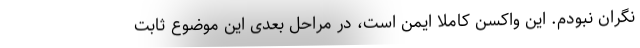
نگران نبودم. این واکسن کاملا ایمن است، در مراحل بعدی این موضوع ثابت